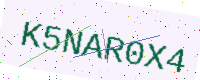
Text: K5NAR0X4